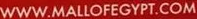
WWW.MALLOFEGYPT.COM